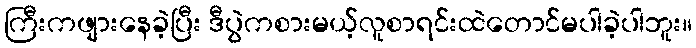
ကြီးကဖျားနေခဲ့ပြီး ဒီပွဲကစားမယ့်လူစာရင်းထဲတောင်မပါခဲ့ပါဘူး။